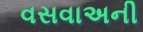
વસવાઅની